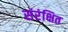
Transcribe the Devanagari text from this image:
संरंक्षित